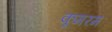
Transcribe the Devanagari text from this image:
कूमरम